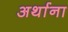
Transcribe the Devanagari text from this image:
अर्थाना